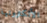
الألكترونية